65_HS1-834228961_62-HQ-83894_Serial_449
Agency: FBI
Page 7
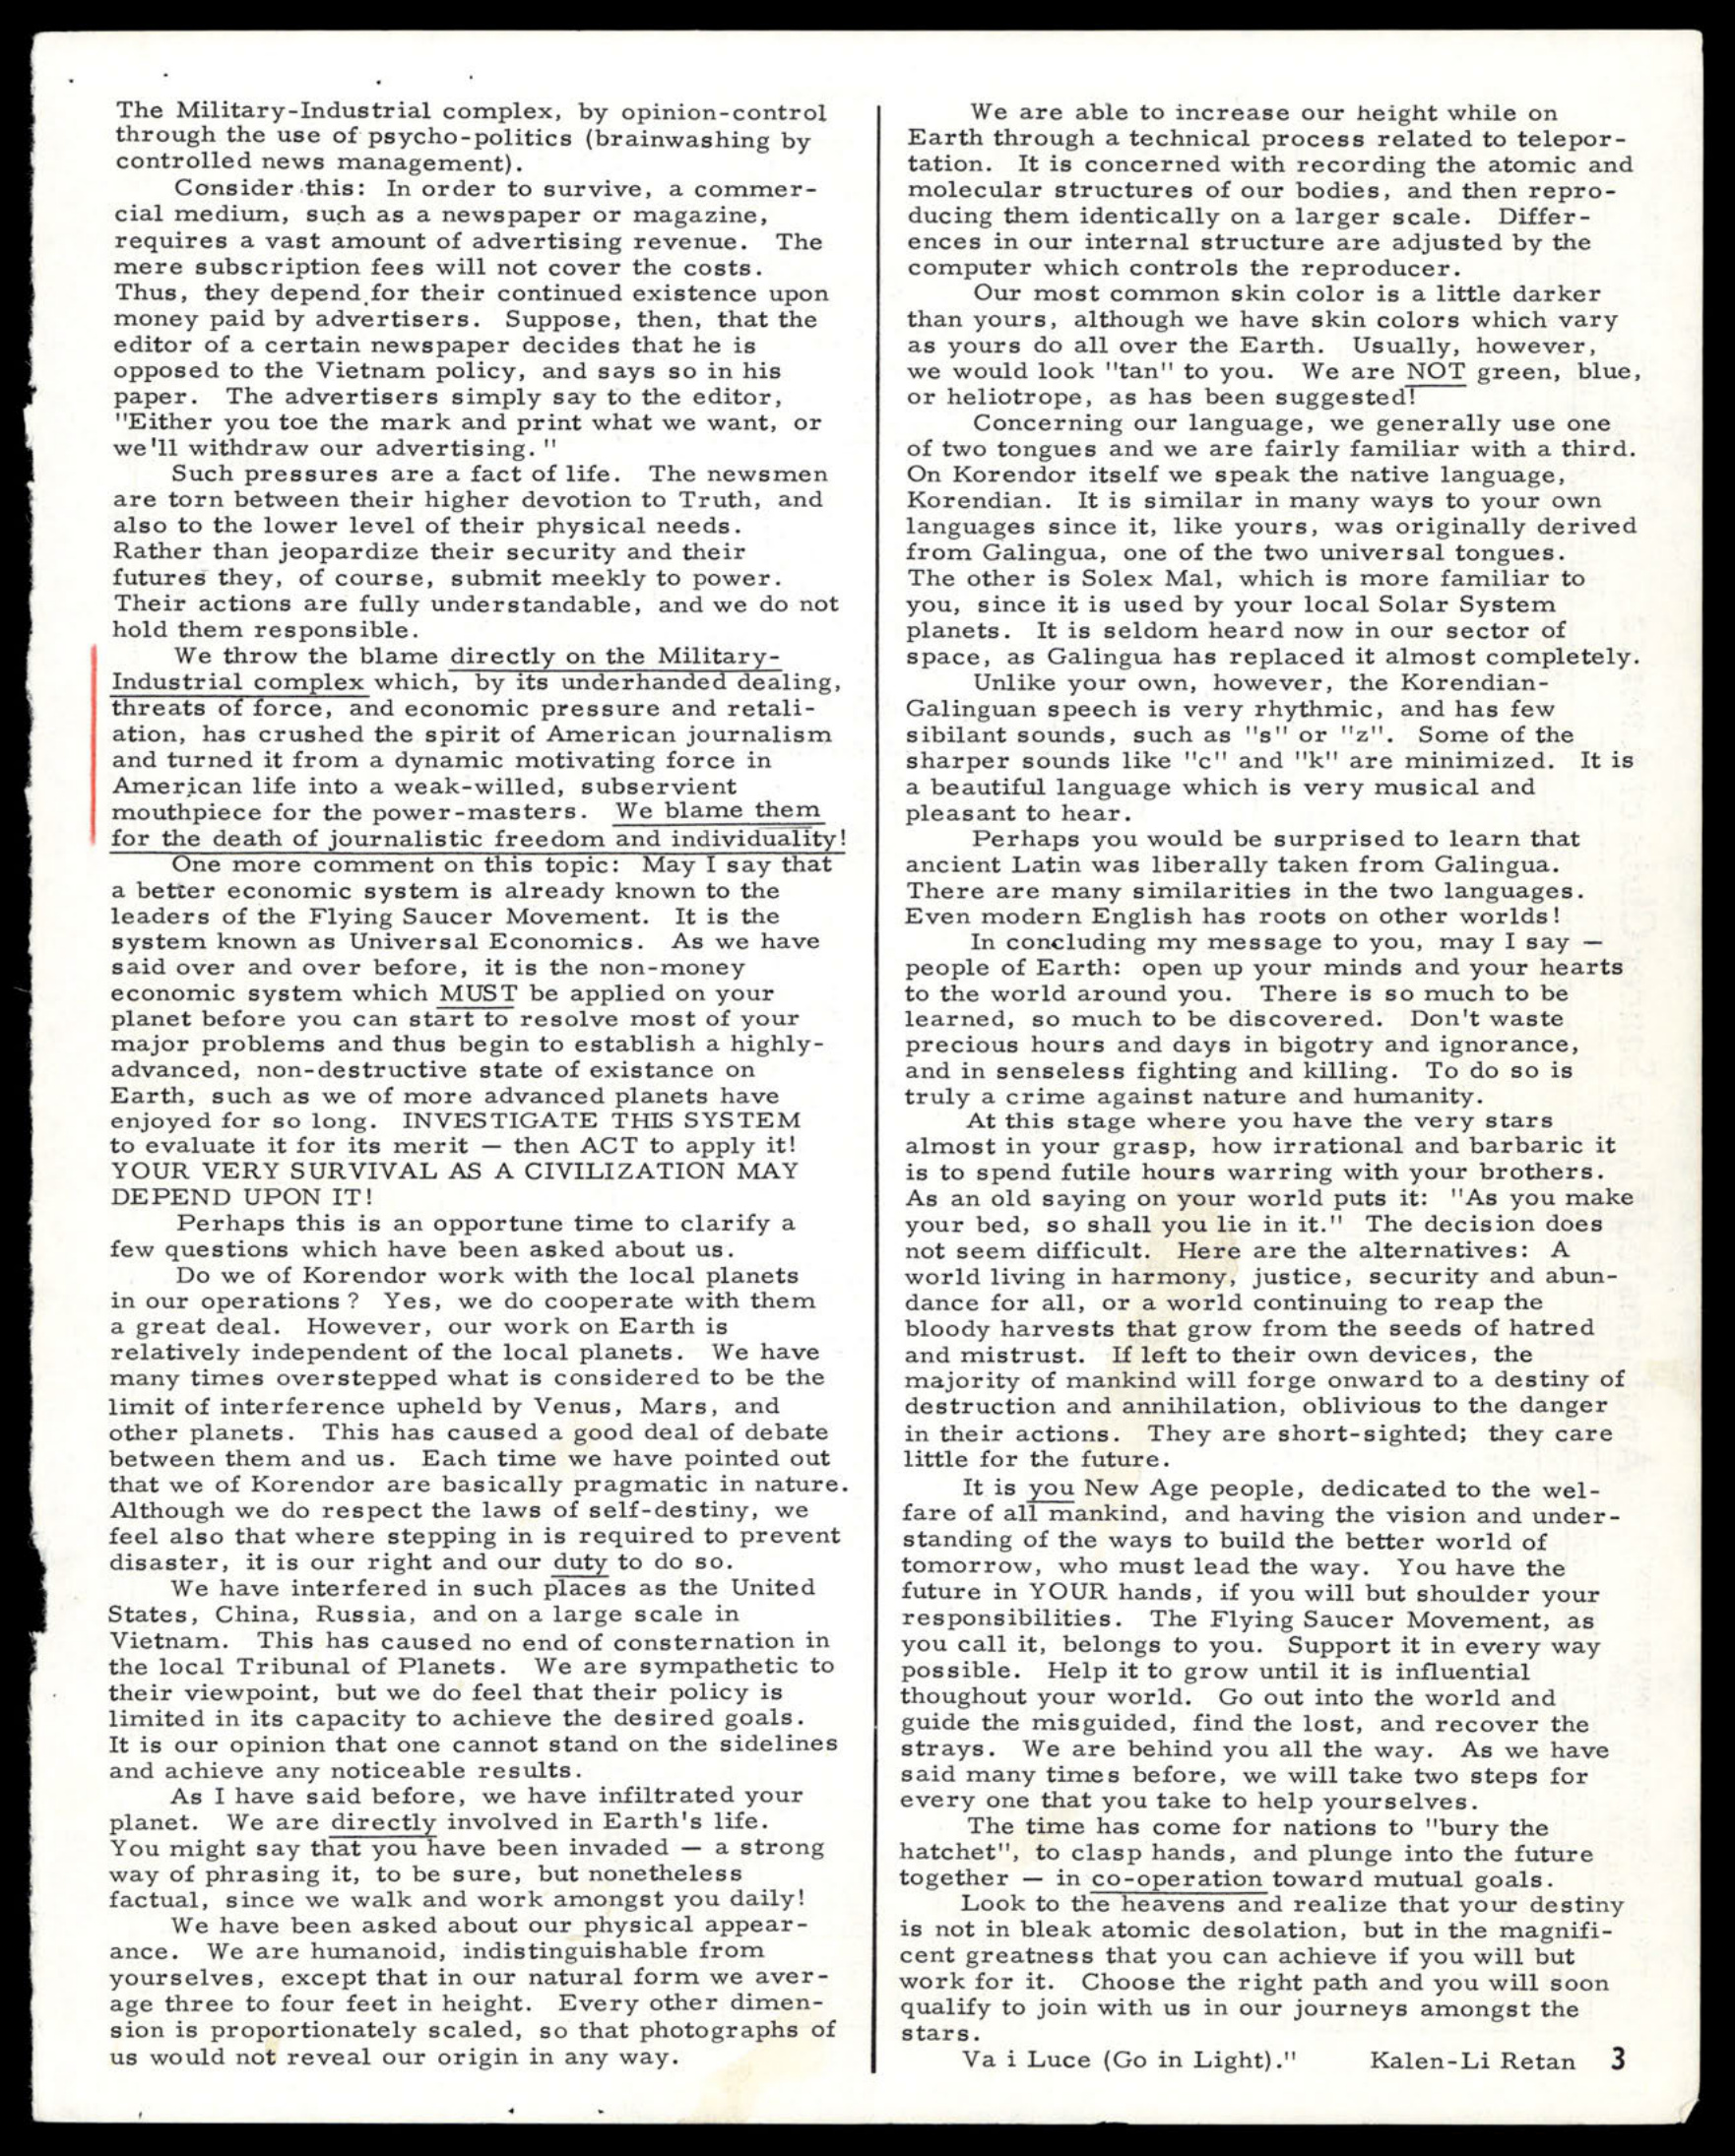